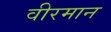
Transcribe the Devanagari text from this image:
वीरमान